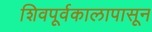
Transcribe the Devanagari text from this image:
शिवपूर्वकालापासून